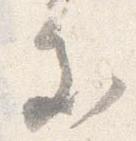
処